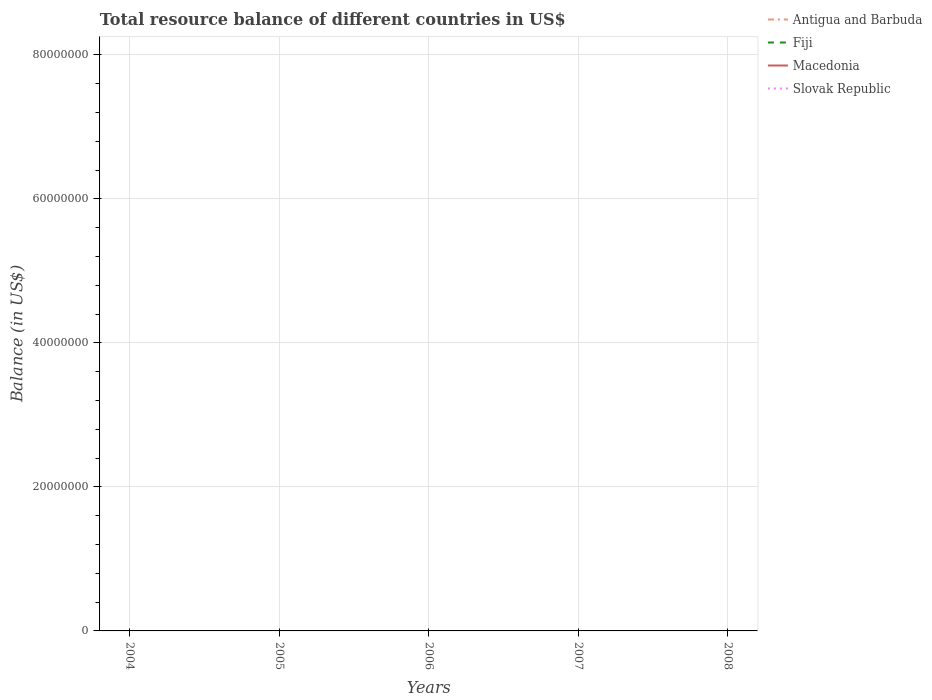
| Years | Antigua and Barbuda | Fiji | Macedonia | Slovak Republic |
 | --- | --- | --- | --- | --- |
 | 2004 | -5.84e+07 | -4.53e+08 | -1.11e+09 | -1.57e+09 |
 | 2005 | -1.37e+08 | -3.61e+08 | -1.02e+09 | -2.88e+09 |
 | 2006 | -2.7e+08 | -5.59e+08 | -1.16e+09 | -2.81e+09 |
 | 2007 | -3.51e+08 | -4.27e+08 | -1.49e+09 | -9.66e+08 |
 | 2008 | -3.27e+08 | -5.79e+08 | -2.49e+09 | -2.84e+09 |